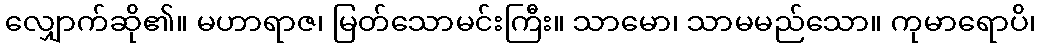
လျှောက်ဆို၏။ မဟာရာဇ၊ မြတ်သောမင်းကြီး။ သာမော၊ သာမမည်သော။ ကုမာရောပိ၊